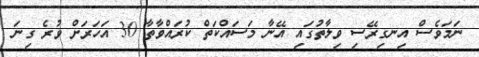
ނަމަވެސް އިނގިރޭސި ވިލާތުގައި އޭނާ މަސައްކަތް ކުރައްވާތާ 30 އަހަރަށް ވުރެ ގިނަ